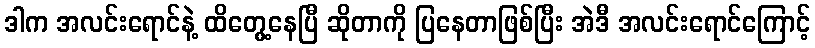
ဒါက အလင်းရောင်နဲ့ ထိတွေ့နေပြီ ဆိုတာကို ပြနေတာဖြစ်ပြီး အဲဒီ အလင်းရောင်ကြောင့်